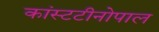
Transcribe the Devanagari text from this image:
कांस्टटीनोपाल